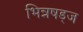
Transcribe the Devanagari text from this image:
भिन्नषड्ज